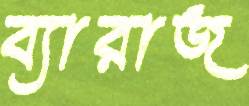
ব্যারাজ